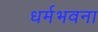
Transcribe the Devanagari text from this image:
धर्मभवना